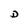
Character: D